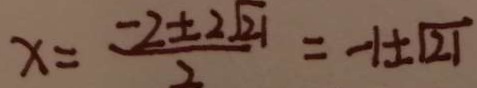
x = \frac { - 2 \pm 2 \sqrt { 2 1 } } { 2 } = - 1 \pm \sqrt { 2 1 }